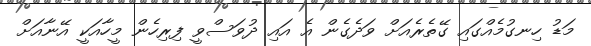
މަޑު ހިނގުމެއްގައި ގޭތެރެއަށް ވަދެގެން އެ އައި ދުވަސްވީ ފިރިހެން މީހާއަކީ އޭނާއަށް